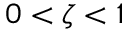
0 < \zeta < 1